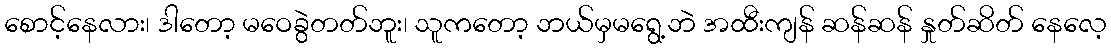
စောင့်နေလား၊ ဒါတော့ မဝေခွဲတတ်ဘူး၊ သူကတော့ ဘယ်မှမရွေ့ဘဲ အထီးကျန် ဆန်ဆန် နှုတ်ဆိတ် နေလေ့